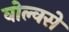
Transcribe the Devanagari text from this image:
वोल्वसे